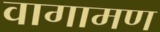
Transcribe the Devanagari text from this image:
वागामण